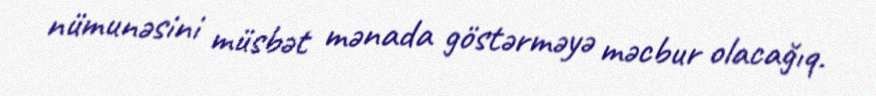
nümunəsini müsbət mənada göstərməyə məcbur olacağıq.